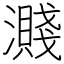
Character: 濺